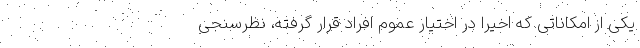
یکی از امکاناتی که اخیرا در اختیار عموم افراد قرار گرفته، نظرسنجی